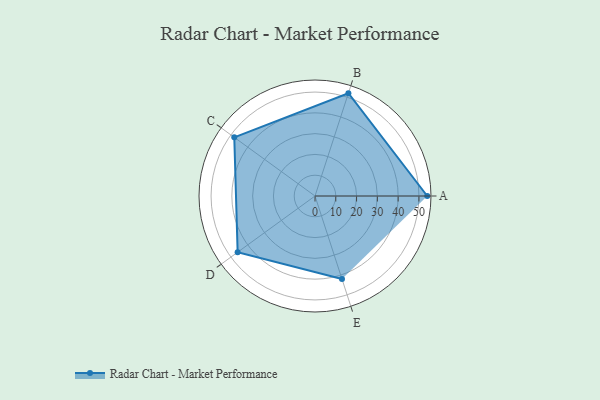
{"axis": {"x": "Skill", "y": "Score"}, "legend": ["Profile"], "data": [{"x": "A", "y": 54.0, "type": "Profile"}, {"x": "B", "y": 52.0, "type": "Profile"}, {"x": "C", "y": 48.0, "type": "Profile"}, {"x": "D", "y": 46.0, "type": "Profile"}, {"x": "E", "y": 42.0, "type": "Profile"}]}